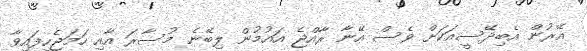
އޭރުން އެބިދޭސީއަކަށް ވެސް އޭނާ ރާއްޖެ އައުމުން ލިބޭނެ މުސާރަ އާއި ހަމަޖެހިފައިވާ